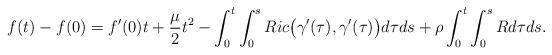
LaTeX: \begin{align*}f(t)-f(0)=f'(0)t+\frac{\mu}{2}t^2-\int_{0}^{t}\int_{0}^{s}Ric\big(\gamma'(\tau),\gamma'(\tau)\big)d\tau ds+\rho\int_{0}^{t}\int_{0}^{s}Rd\tau ds.\end{align*}